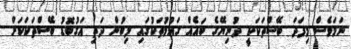
ނަމަވެސް މިފަދަ ބޭސްތަކަކީ ދުނިޔޭގެ ބައެއް ގައުމުތަކުގައި ލިބުން ދަތި އަގުބޮޑު ބޭސްތަކަކަށް